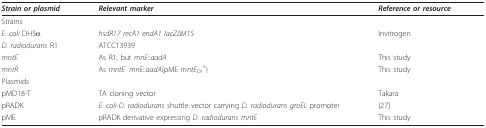
<table><thead><tr><td><b><i>Strain or plasmid</i></b></td><td><b><i>Relevant marker</i></b></td><td><b><i>Reference or resource</i></b></td></tr></thead><tbody><tr><td>Strains</td><td></td><td></td></tr><tr><td><i>E. coli </i>DH5α</td><td><i>hsdR17 recA1 endA1 lacZΔM15</i></td><td>Invitrogen</td></tr><tr><td><i>D. radiodurans </i>R1</td><td>ATCC13939</td><td></td></tr><tr><td><i>mntE<sup>-</sup></i></td><td>As R1, but <i>mnE</i>::<i>aadA</i></td><td>This study</td></tr><tr><td><i>mntR</i></td><td>As <i>mntE</i><sup>- </sup><i>mnE</i>::<i>aadA</i>(pME <i>mntE</i><sub><i>Dr</i></sub><sup>+</sup>)</td><td>This study</td></tr><tr><td>Plasmids</td><td></td><td></td></tr><tr><td>pMD18-T</td><td>TA cloning vector</td><td>Takara</td></tr><tr><td>pRADK</td><td><i>E. coli-D. radiodurans </i>shuttle vector carrying <i>D. radiodurans groEL </i>promoter</td><td>[27]</td></tr><tr><td>pME</td><td>pRADK derivative expressing <i>D. radiodurans mntE</i></td><td>This study</td></tr></tbody></table>